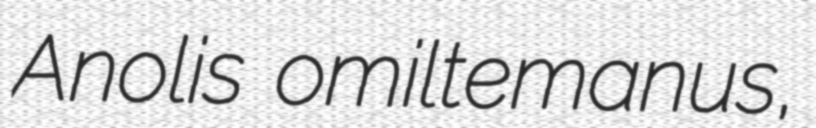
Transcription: Anolis omiltemanus,